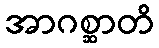
အာဂစ္ဆာတိ